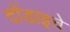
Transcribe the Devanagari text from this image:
दोंडाइचे